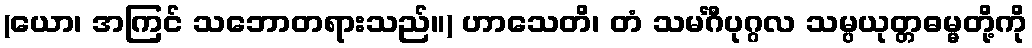
(ယော၊ အကြင် သဘောတရားသည်။) ဟာသေတိ၊ တံ သမင်္ဂီပုဂ္ဂလ သမ္ပယုတ္တဓမ္မတို့ကို